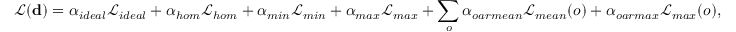
\mathcal { L } ( \mathbf { d } ) = \alpha _ { i d e a l } \mathcal { L } _ { i d e a l } + \alpha _ { h o m } \mathcal { L } _ { h o m } + \alpha _ { m i n } \mathcal { L } _ { m i n } + \alpha _ { m a x } \mathcal { L } _ { m a x } + \sum _ { o } \alpha _ { o a r m e a n } \mathcal { L } _ { m e a n } ( o ) + \alpha _ { o a r m a x } \mathcal { L } _ { m a x } ( o ) ,